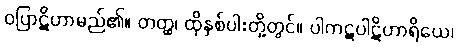
ဝပြာဋိဟာမည်၏။ တတ္ထ၊ ထိုနှစ်ပါးတို့တွင်။ ပါကဋပါဋိဟာရိယေ၊